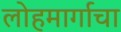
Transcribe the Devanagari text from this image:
लोहमार्गाचा